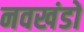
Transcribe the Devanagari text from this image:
नवखंडों